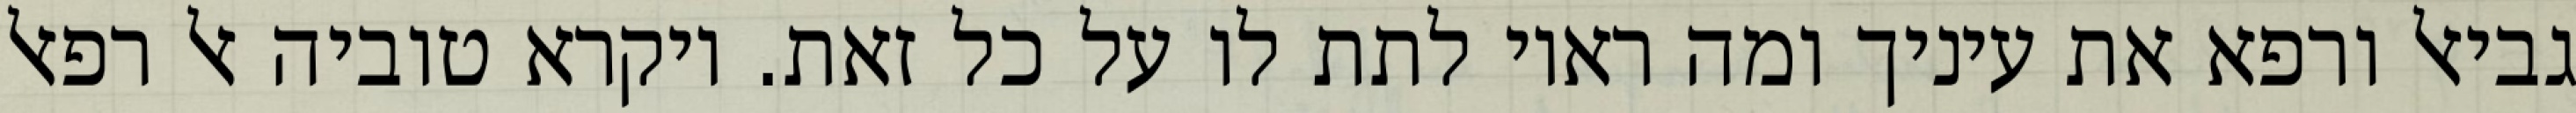
גביאל ורפא את עיניך ומה ראוי לתת לו על כל זאת. ויקרא טוביה אל רפאל